Report of an investigation of the epidemic of malarial fever in Assam, or, kala-azar
Disease focus: Malaria
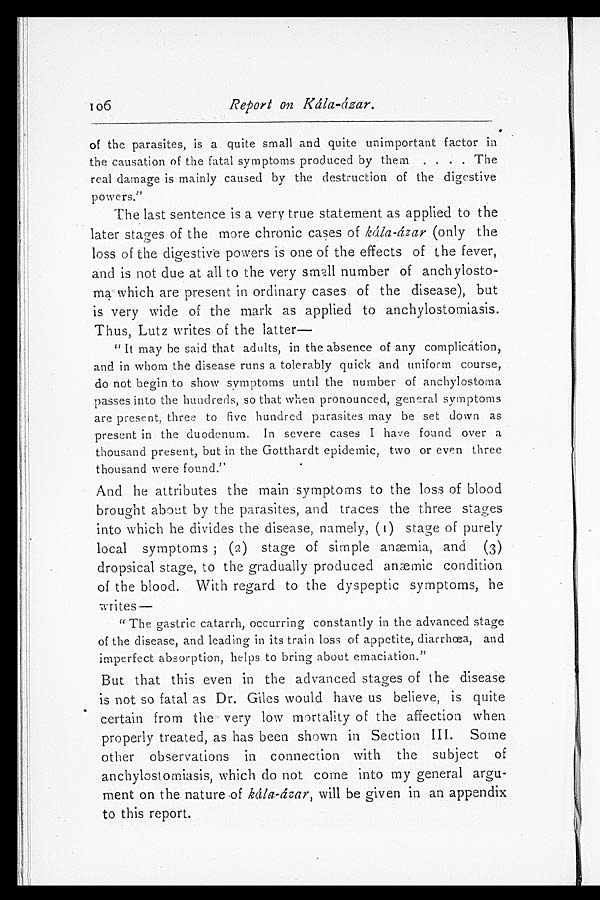
106
Report on Kála-ázar.
of the parasites, is a quite small and quite unimportant factor in
the causation of the fatal symptoms produced by them . . . . The
real damage is mainly caused by the destruction of the digestive
powers."
The last sentence is a very true statement as applied to the
later stages of the more chronic cases of kála-ázar (only the
loss of the digestive powers is one of the effects of the fever,
and is not due at all to the very small number of anchylosto-
ma which are present in ordinary cases of the disease), but
is very wide of the mark as applied to anchylostomiasis.
Thus, Lutz writes of the latter-
"It may be said that adults, in the absence of any complication,
and in whom the disease runs a tolerably quick and uniform course,
do not begin to show symptoms until the number of anchylostoma
passes into the hundreds, so that when pronounced, general symptoms
are present, three to five hundred parasites may be set down as
present i n the duodenum. In severe cases I have found over a
thousand present, but in the Gotthardt epidemic, two or even three
thousand were found."
And he attributes the main symptoms to the loss of blood
brought about by the parasites, and traces the three stages
into which he divides the disease, namely, (1) stage of purely
local symptoms; (2) stage of simple anæmia, and (3)
dropsical stage, to the gradually produced anæmic condition
of the blood. With regard to the dyspeptic symptoms, he
writes —
"The gastric catarrh, occurring constantly in the advanced stage
of the disease, and leading in its train loss of appetite, diarrhœa, and
imperfect absorption, helps to bring about emaciation."
But that this even in the advanced stages of the disease
is not so fatal as Dr. Giles would have us believe, is quite
certain from the very low mortality of the affection when
properly treated, as has been shown in Section III. Some
other observations in connection with the subject of
anchylostomiasis, which do not come into my general argu-
ment on the nature of kála-ázar, will be given in an appendix
to this report.